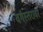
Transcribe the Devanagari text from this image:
वर्गस्तरावर